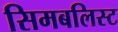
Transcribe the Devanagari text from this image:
सिमबलिस्ट